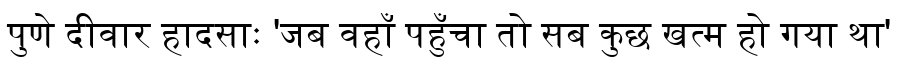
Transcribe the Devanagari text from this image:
पुणे दीवार हादसाः 'जब वहाँ पहुँचा तो सब कुछ खत्म हो गया था'